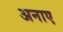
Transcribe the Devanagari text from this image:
अनाए